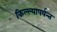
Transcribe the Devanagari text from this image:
किल्ल्यापर्यन्त